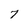
Character: 7